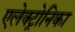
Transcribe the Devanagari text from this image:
एलेक्ट्रोनिका